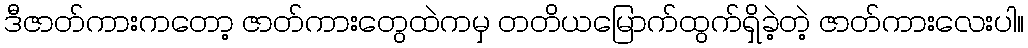
ဒီဇာတ်ကားကတော့ ဇာတ်ကားတွေထဲကမှ တတိယမြောက်ထွက်ရှိခဲ့တဲ့ ဇာတ်ကားလေးပါ။